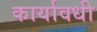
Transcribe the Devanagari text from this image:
कार्यावधी